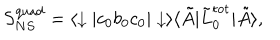
S _ { N S } ^ { \mathrm { q u a d } } = \langle \downarrow | c _ { 0 } b _ { 0 } c _ { 0 } | \downarrow \rangle \langle \tilde { A } | \tilde { L } _ { 0 } ^ { \mathrm { t o t } } | \tilde { A } \rangle ,